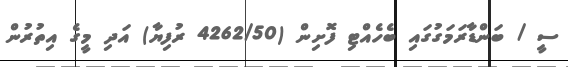
ސީ / ބަންޑާރަަމަގުގައި ބެހެއްޓި ފޮށިން (4262/50 ރުފިޔާ) އަދި މީގެ އިތުރުން